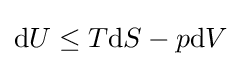
\mathrm {d} U\leq T\mathrm {d} S-p\mathrm {d} V